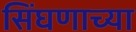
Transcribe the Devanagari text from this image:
सिंघणाच्या